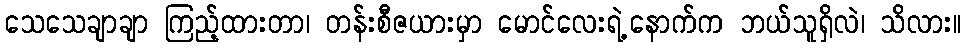
သေသေချာချာ ကြည့်ထားတာ၊ တန်းစီဇယားမှာ မောင်လေးရဲ့နောက်က ဘယ်သူရှိလဲ၊ သိလား။